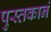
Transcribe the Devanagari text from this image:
पुस्तकानं